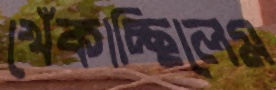
খেঁকাচ্ছিলেম